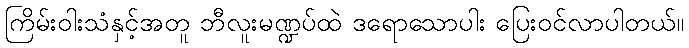
ကြိမ်းဝါးသံနှင့်အတူ ဘီလူးမဏ္ဍပ်ထဲ ဒရောသောပါး ပြေးဝင်လာပါတယ်။